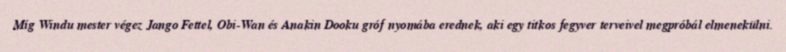
Míg Windu mester végez Jango Fettel, Obi-Wan és Anakin Dooku gróf nyomába erednek, aki egy titkos fegyver terveivel megpróbál elmenekülni.